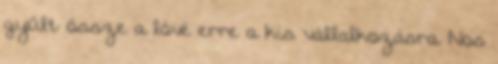
gyűlt össze a lóvé erre a kis vállalkozásra. Nos